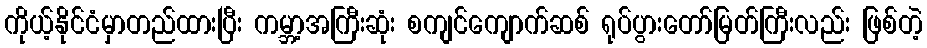
ကိုယ့်နိုင်ငံမှာတည်ထားပြီး ကမ္ဘာ့အကြီးဆုံး စကျင်ကျောက်ဆစ် ရုပ်ပွားတော်မြတ်ကြီးလည်း ဖြစ်တဲ့